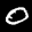
Label: 0